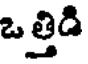
ఒ త్తిడి